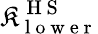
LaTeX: \mathfrak{K}_{\mathrm{{~l~o~w~e~r~}}}^{\mathrm{{~H~S~}}}